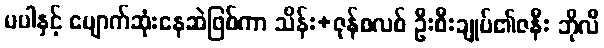
မပါနှင့် ပျောက်ဆုံးနေဆဲဖြစ်ကာ သိန်း+ဇုန်စလစ် ဦးစီးချုပ်၏ဇနီး ဘိုလီ